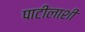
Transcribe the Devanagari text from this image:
पाटीलाशी